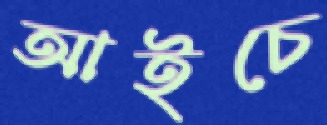
আইচে